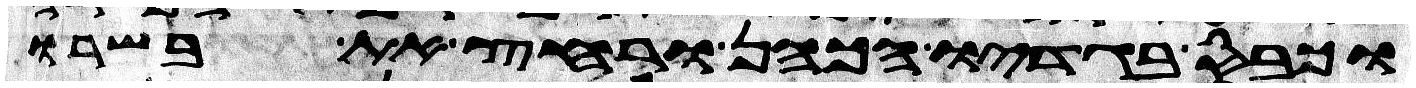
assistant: וכבס בגדיו הכהן ורחץ את בשרו